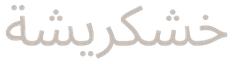
خشكريشة